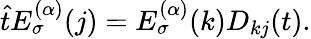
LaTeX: \hat{t}E_{\sigma}^{(\alpha)}(j)=E_{\sigma}^{(\alpha)}(k)D_{kj}(t).